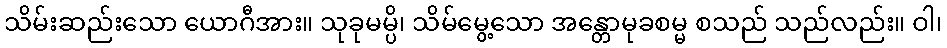
သိမ်းဆည်းသော ယောဂီအား။ သုခုမမ္ပိ၊ သိမ်မွေ့သော အန္တောမုခစမ္မ စသည် သည်လည်း။ ဝါ၊